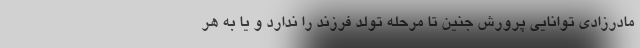
مادرزادی توانایی پرورش جنین تا مرحله تولد فرزند را ندارد و یا به هر